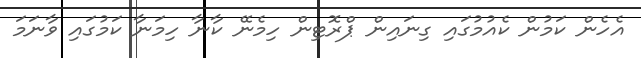
އެހެން ކަމުން ކެއުމުގައި ގިނައިން ޕްރޮޓިން ހިމެނޭ ކާނާ ހިމަނާ ކަމުގައި ވާނަމަ